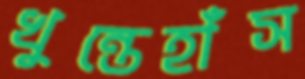
খুন্তেহাঁস